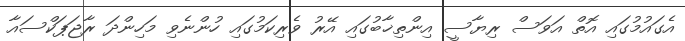
އެގައުމުގައި އޮތް އަވަސް ރިޔާސީ އިންތިޚާބުގައި އޭރު ވެރިކަމުގައި ހުންނެވި މަހިންދަ ރާޖަޕަކްސައާ